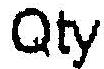
QTY